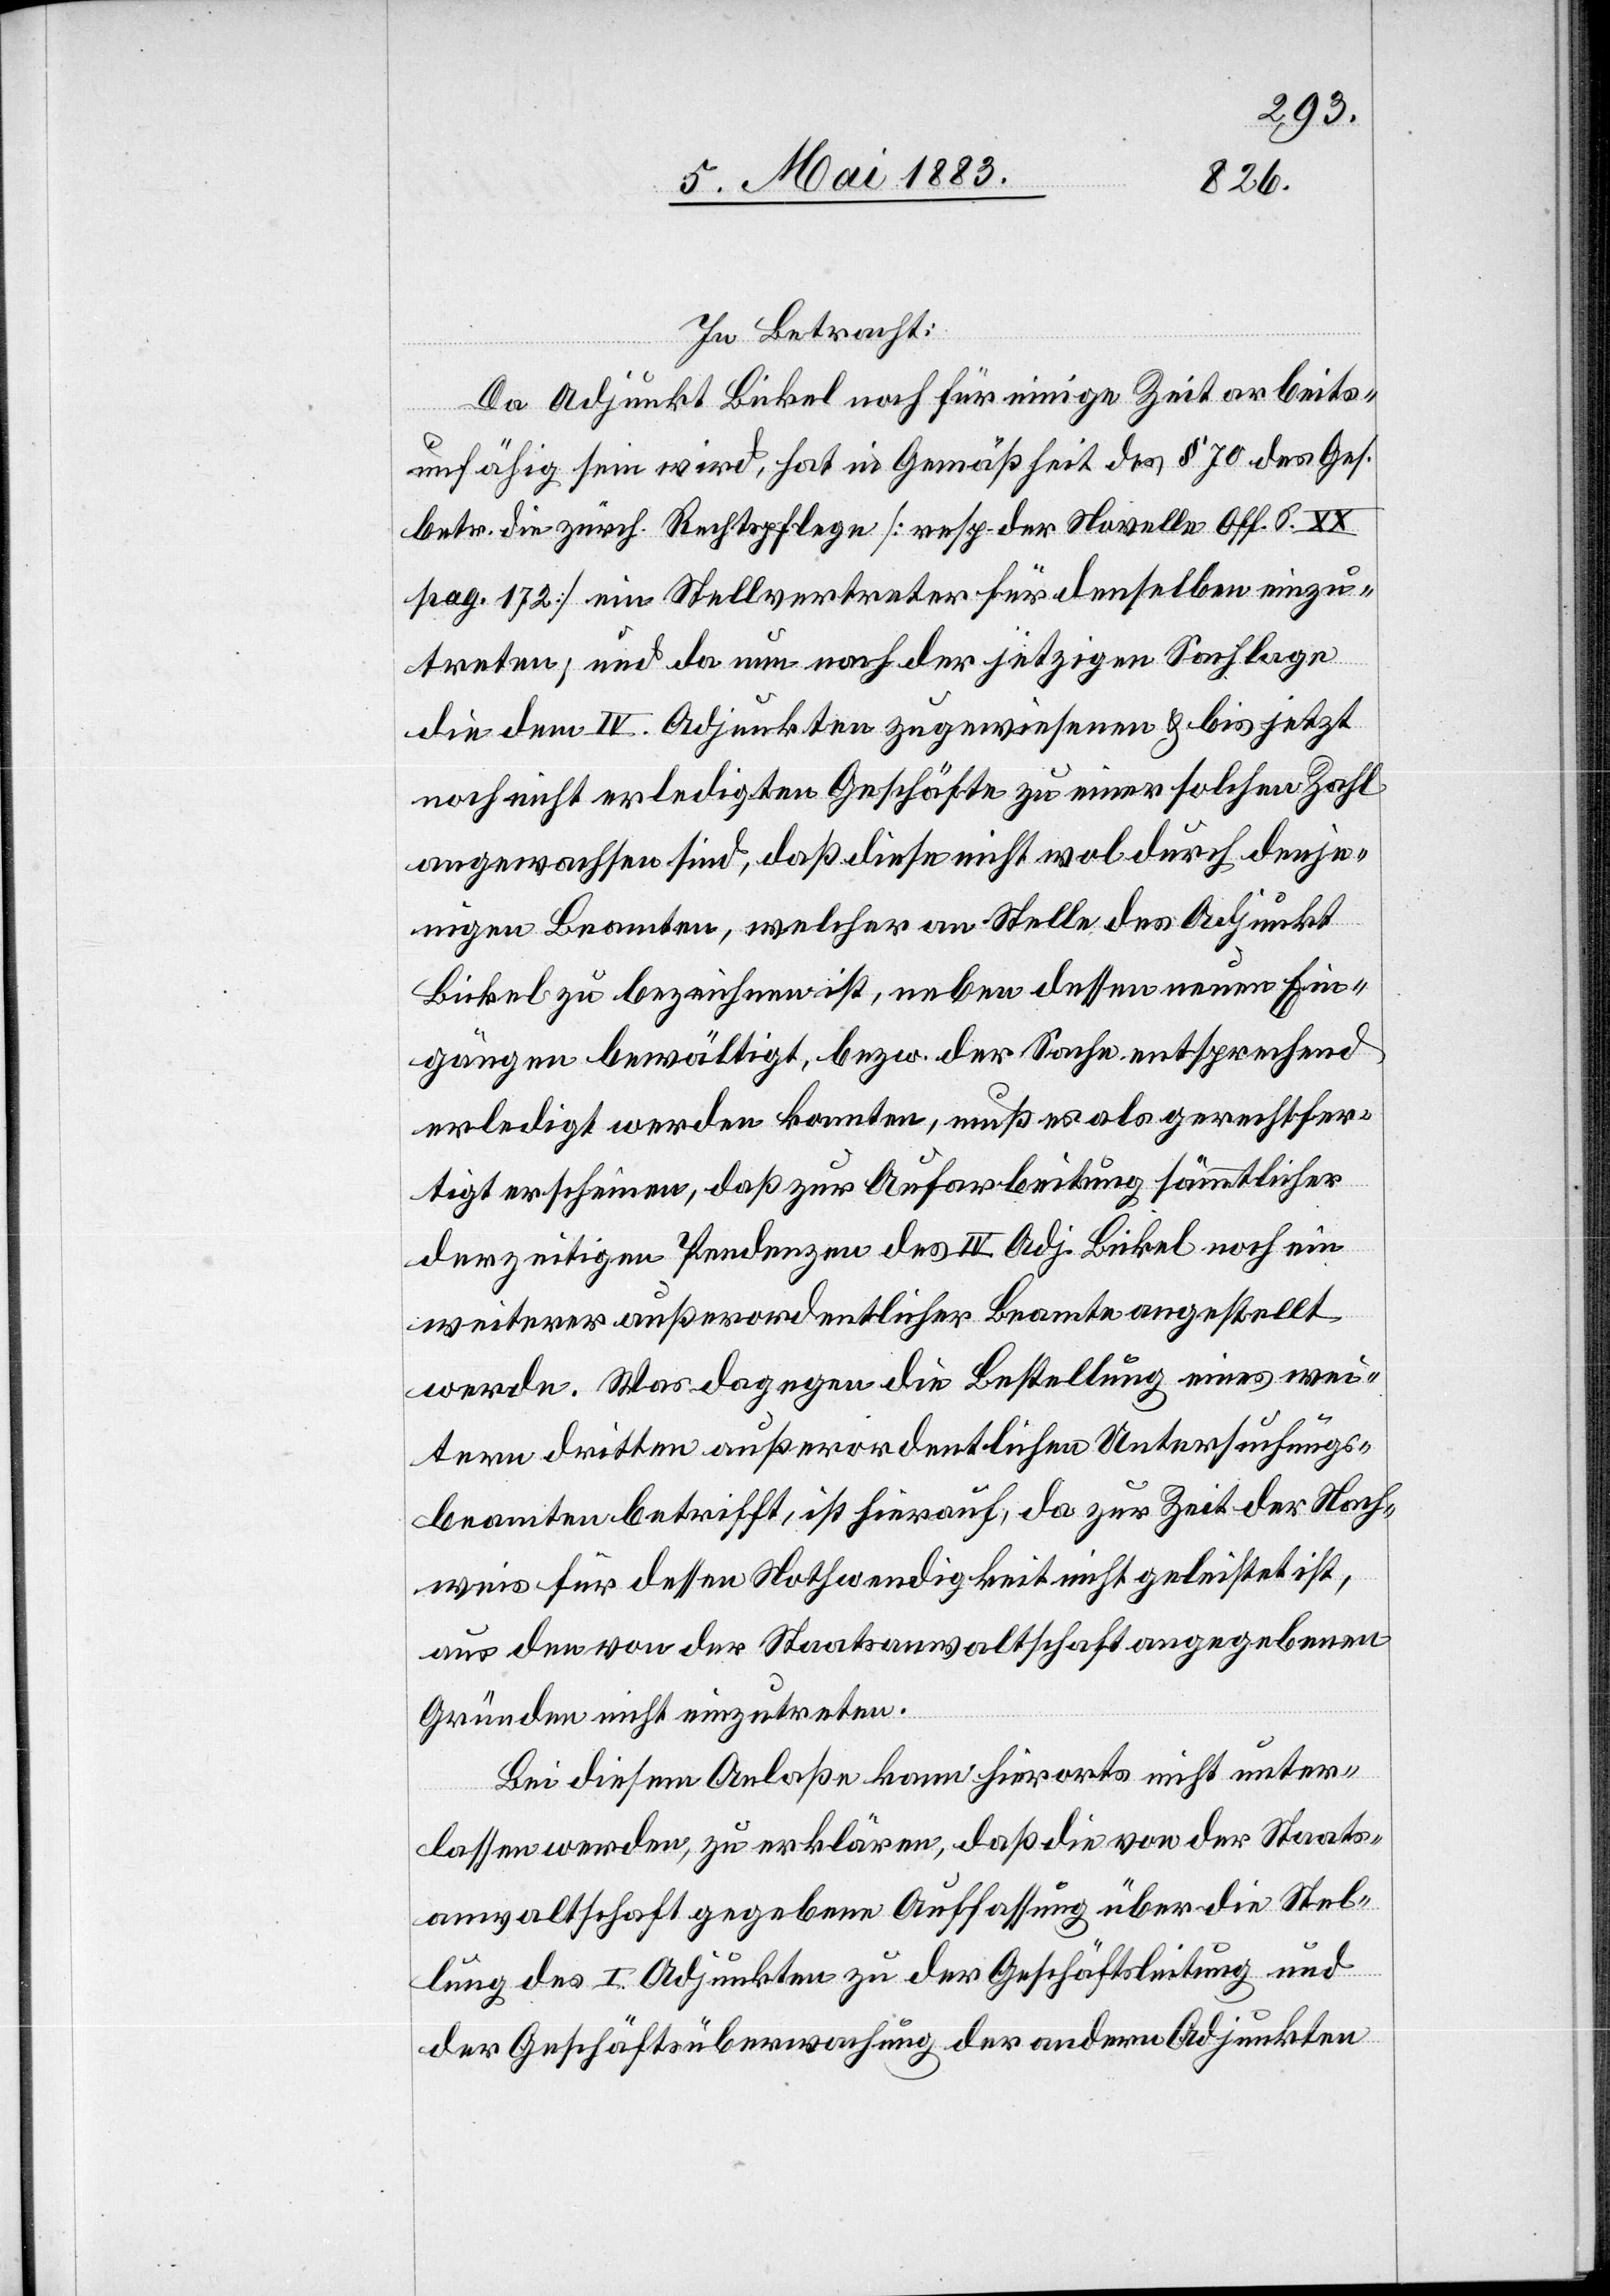
In Betracht:
Da Adjunkt Bickel noch für einige Zeit arbeits¬
unfähig sein wird, hat in Gemäßheit des § 70 des Ges.
betr. die zürch. Rechtspflege [resp. der Novelle Off. S. XX
pag. 172] ein Stellvertreter für denselben einzu¬
treten; und da nun nach der jetzigen Sachlage
die dem IV. Adjunkten zugewiesenen & bis jetzt
noch nicht erledigten Geschäfte zu einer solchen Zahl
angewachsen sind, daß diese nicht wol durch denje¬
nigen Beamten, welcher an Stelle des Adjunkt
Bickel zu bezeichnen ist, neben dessen neuen Ein¬
gängen bewältigt, bezw. der Sache entsprechend
erledigt werden konnten, muß es als gerechtfer¬
tigt erscheinen, daß zur Aufarbeitung sämmtlicher
derzeitigen Pendenzen des IV. Adj. Bickel noch ein
weiterer außerordentlicher Beamte angestellt
werde. Was dagegen die Bestellung eines wei¬
tern dritten außerordentlichen Untersuchungs¬
beamten betrifft, ist hierauf, da zur Zeit der Nach¬
weis für dessen Nothwendigkeit nicht geleistet ist,
aus den von der Staatsanwaltschaft angegebenen
Gründen nicht einzutreten.
Bei diesem Anlaße kann hierorts nicht unter¬
lassen werden, zu erklären, daß die von der Staats¬
anwaltschaft gegebene Auffassung über die Stel¬
lung des I. Adjunkten zu der Geschäftsleitung und
der Geschäftsüberwachung der andern Adjunkten